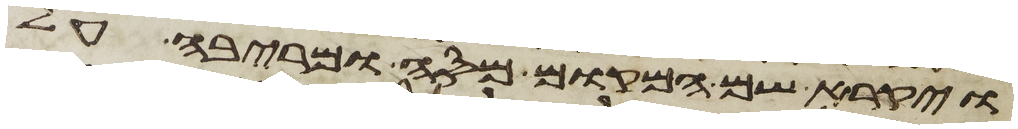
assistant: ויקרא שם המקום מסה ומריבה על